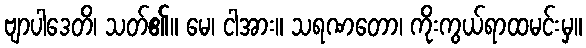
ဗျာပါဒေတိ၊ သတ်၏။ မေ၊ ငါအား။ သရဏတော၊ ကိုးကွယ်ရာထမင်းမှ။